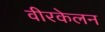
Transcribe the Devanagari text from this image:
वीरकेलन